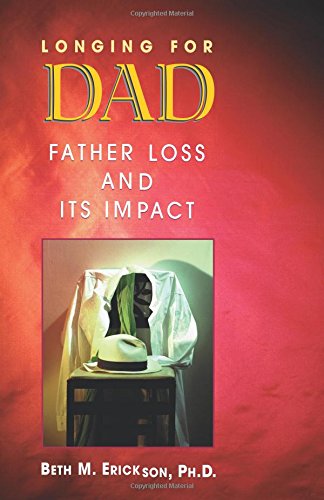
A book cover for Longing for Dad: Father Loss and Its Impact; Beth Erickson; Parenting & Relationships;